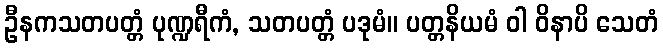
ဦနကသတပတ္တံ ပုဏ္ဍရီကံ, သတပတ္တံ ပဒုမံ။ ပတ္တနိယမံ ဝါ ဝိနာပိ သေတံ